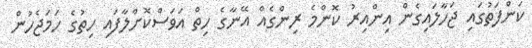
ކަންފަތުގައި ޖަހާލައިގެން އިންއިރު ކޮންމެ ރިންގެއް އޭނާގެ ހިތް އަވަސްކޮށްލާފައި ހިތުގެ ހަމަޖެހުން